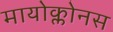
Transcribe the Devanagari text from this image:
मायोक्लोनस